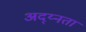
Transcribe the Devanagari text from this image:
अद्य्नता